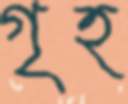
গৃহ